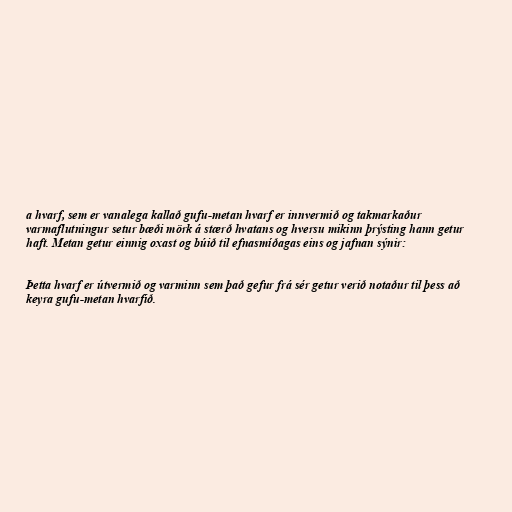
a hvarf, sem er vanalega kallað gufu-metan hvarf er innvermið og takmarkaður
varmaflutningur setur bæði mörk á stærð hvatans og hversu mikinn þrýsting hann getur
haft. Metan getur einnig oxast og búið til efnasmíðagas eins og jafnan sýnir:

Þetta hvarf er útvermið og varminn sem það gefur frá sér getur verið notaður til þess að
keyra gufu-metan hvarfið.